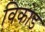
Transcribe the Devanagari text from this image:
विकोड